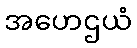
အဟေဌယံ